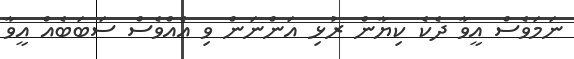
ނަމަވެސް އީވާ ދެެކެ ކިޔާން ރުޅި އަންނަން ވި އެއްވެސް ސަބަބެއް އީވާ